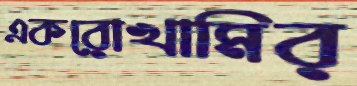
একরোখামির